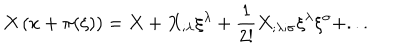
X \left( x + \pi ( \xi ) \right) = X + X _ { ; \lambda } \xi ^ { \lambda } + { \frac { 1 } { 2 ! } } X _ { ; \lambda ; \sigma } \xi ^ { \lambda } \xi ^ { \sigma } + . . .